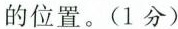
的位置。(1分)